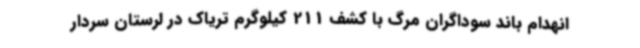
انهدام باند سوداگران مرگ با کشف 211 کیلوگرم تریاک در لرستان سردار